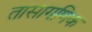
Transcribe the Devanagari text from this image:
तासागणिक